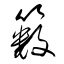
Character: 籔